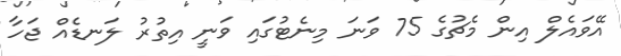
އޭވައެލް އިން މެޗުގެ 75 ވަނަ މިނެޓުގައި ވަނީ އިތުރު ލަނޑެއް ޖަހާ